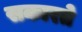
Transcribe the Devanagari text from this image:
सकारते